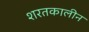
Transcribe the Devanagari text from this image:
शरतकालीन